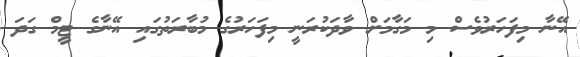
އޭނާ މިފަހަރުވެސް މި މަގާމަށް ވާދަކުރަނީ މިފަހަރުގެ މުބާރަތުގައި އޭނާގެ ޓީމް ގަދަ